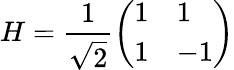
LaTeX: H=\frac{1}{\sqrt{2}}\left(\begin{array}{ll}{1}&{1}\\ {1}&{-1}\end{array}\right)